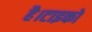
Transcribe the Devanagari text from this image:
है।टाइको